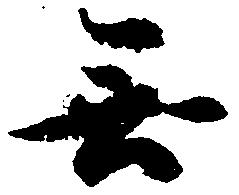
無